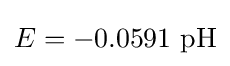
E=-0.0591\ \mathrm {pH}